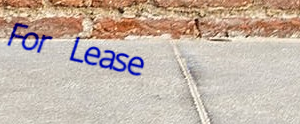
For Lease